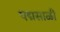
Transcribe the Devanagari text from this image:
पद्मसाळी